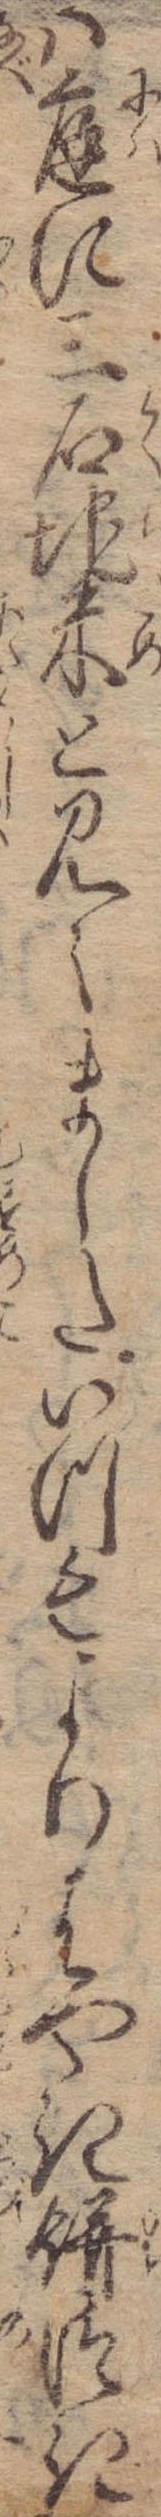
は庭に三石地米と見えましたいつもよりはやき餅つき